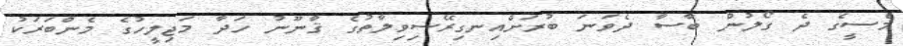
މެސީގެ ދެ ގޯލުން ބާސާ ދެވަނަ ބުރަށްއިނގިރޭސިވިލާތުގެ ޤާނޫނު ހަދާ މަޖިލީހުގެ މެންބަރަކު